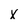
Character: X